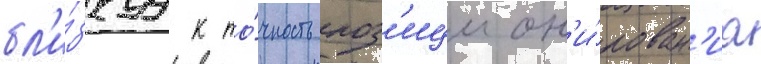
бл'и́зкуу к то́чность поз'ицион'и́рован'иа